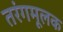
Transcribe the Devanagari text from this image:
तरंगमूलक